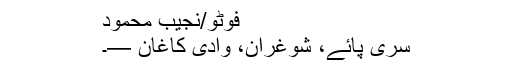
فوٹو/نجیب محمود
سری پائے، شوغران، وادی کاغان —۔